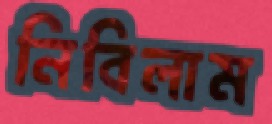
নিবিলাম